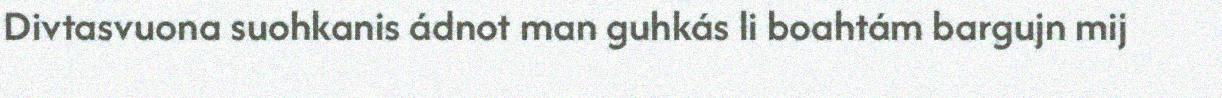
Divtasvuona suohkanis ádnot man guhkás li boahtám bargujn mij